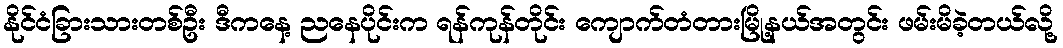
နိုင်ငံခြားသားတစ်ဦး ဒီကနေ့ ညနေပိုင်းက ရန်ကုန်တိုင်း ကျောက်တံတားမြို့နယ်အတွင်း ဖမ်းမိခဲ့တယ်လို့